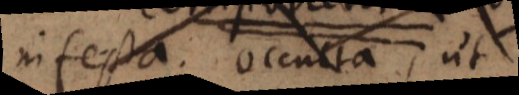
nifesta. Occulta, ut